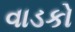
વાડકો